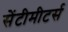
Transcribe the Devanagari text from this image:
सेंटीमीटर्स